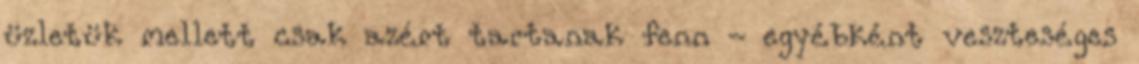
üzletük mellett csak azért tartanak fenn - egyébként veszteséges